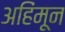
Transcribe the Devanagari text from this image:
अहिंमून